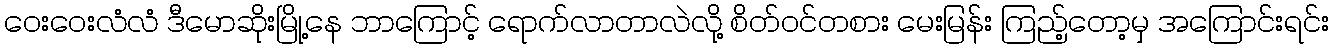
ဝေးဝေးလံံလံ ဒီမောဆိုးမြို့နေ ဘာကြောင့် ရောက်လာတာလဲလို့ စိတ်ဝင်တစား မေးမြန်း ကြည့်တော့မှ အကြောင်းရင်း